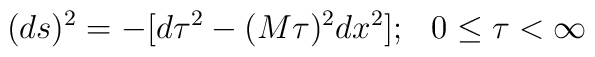
(ds)^2 = - [ d\tau^2 - (M \tau)^2 dx^2]; \hskip0.3cm 0 \le \tau < \infty